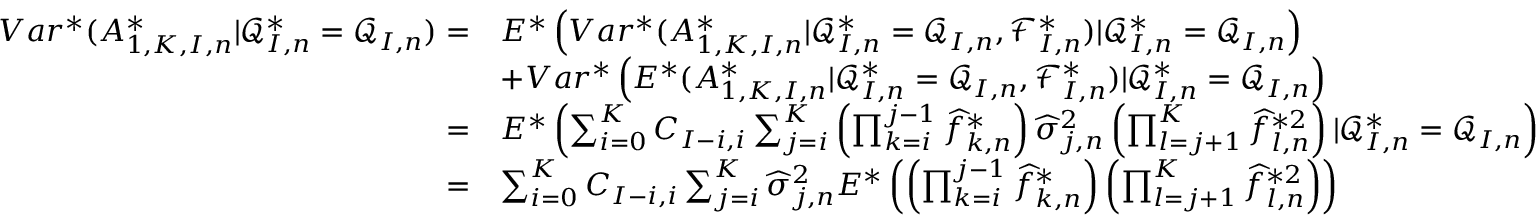
\begin{array} { r l } { V a r ^ { * } ( A _ { 1 , K , I , n } ^ { * } | \mathcal { Q } _ { I , n } ^ { * } = \mathcal { Q } _ { I , n } ) = } & { E ^ { * } \left( V a r ^ { * } ( A _ { 1 , K , I , n } ^ { * } | \mathcal { Q } _ { I , n } ^ { * } = \mathcal { Q } _ { I , n } , \mathcal { F } _ { I , n } ^ { * } ) | \mathcal { Q } _ { I , n } ^ { * } = \mathcal { Q } _ { I , n } \right) } \\ & { + V a r ^ { * } \left( E ^ { * } ( A _ { 1 , K , I , n } ^ { * } | \mathcal { Q } _ { I , n } ^ { * } = \mathcal { Q } _ { I , n } , \mathcal { F } _ { I , n } ^ { * } ) | \mathcal { Q } _ { I , n } ^ { * } = \mathcal { Q } _ { I , n } \right) } \\ { = } & { E ^ { * } \left( \sum _ { i = 0 } ^ { K } C _ { I - i , i } \sum _ { j = i } ^ { K } \left( \prod _ { k = i } ^ { j - 1 } \widehat { f } _ { k , n } ^ { * } \right) \widehat { \sigma } _ { j , n } ^ { 2 } \left( \prod _ { l = j + 1 } ^ { K } \widehat { f } _ { l , n } ^ { * 2 } \right) | \mathcal { Q } _ { I , n } ^ { * } = \mathcal { Q } _ { I , n } \right) } \\ { = } & { \sum _ { i = 0 } ^ { K } C _ { I - i , i } \sum _ { j = i } ^ { K } \widehat { \sigma } _ { j , n } ^ { 2 } E ^ { * } \left( \left( \prod _ { k = i } ^ { j - 1 } \widehat { f } _ { k , n } ^ { * } \right) \left( \prod _ { l = j + 1 } ^ { K } \widehat { f } _ { l , n } ^ { * 2 } \right) \right) } \end{array}